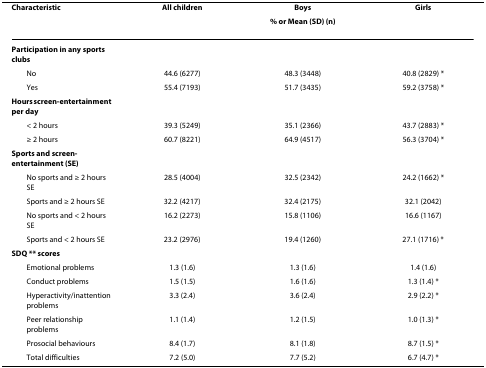
<table><thead><tr><td><b>Characteristic</b></td><td><b>All children</b></td><td><b>Boys</b></td><td><b>Girls</b></td></tr><tr><td></td><td colspan="3"><b>% or Mean (SD) (n)</b></td></tr></thead><tbody><tr><td><b>Participation in any sports clubs</b></td><td></td><td></td><td></td></tr><tr><td> No</td><td>44.6 (6277)</td><td>48.3 (3448)</td><td>40.8 (2829) *</td></tr><tr><td> Yes</td><td>55.4 (7193)</td><td>51.7 (3435)</td><td>59.2 (3758) *</td></tr><tr><td><b>Hours screen-entertainment per day</b></td><td></td><td></td><td></td></tr><tr><td> &lt; 2 hours</td><td>39.3 (5249)</td><td>35.1 (2366)</td><td>43.7 (2883) *</td></tr><tr><td> ≥ 2 hours</td><td>60.7 (8221)</td><td>64.9 (4517)</td><td>56.3 (3704) *</td></tr><tr><td><b>Sports and screen-entertainment (SE)</b></td><td></td><td></td><td></td></tr><tr><td> No sports and ≥ 2 hours SE</td><td>28.5 (4004)</td><td>32.5 (2342)</td><td>24.2 (1662) *</td></tr><tr><td> Sports and ≥ 2 hours SE</td><td>32.2 (4217)</td><td>32.4 (2175)</td><td>32.1 (2042)</td></tr><tr><td> No sports and &lt; 2 hours SE</td><td>16.2 (2273)</td><td>15.8 (1106)</td><td>16.6 (1167)</td></tr><tr><td> Sports and &lt; 2 hours SE</td><td>23.2 (2976)</td><td>19.4 (1260)</td><td>27.1 (1716) *</td></tr><tr><td><b>SDQ ** scores</b></td><td></td><td></td><td></td></tr><tr><td> Emotional problems</td><td>1.3 (1.6)</td><td>1.3 (1.6)</td><td>1.4 (1.6)</td></tr><tr><td> Conduct problems</td><td>1.5 (1.5)</td><td>1.6 (1.6)</td><td>1.3 (1.4) *</td></tr><tr><td> Hyperactivity/inattention problems</td><td>3.3 (2.4)</td><td>3.6 (2.4)</td><td>2.9 (2.2) *</td></tr><tr><td> Peer relationship problems</td><td>1.1 (1.4)</td><td>1.2 (1.5)</td><td>1.0 (1.3) *</td></tr><tr><td> Prosocial behaviours</td><td>8.4 (1.7)</td><td>8.1 (1.8)</td><td>8.7 (1.5) *</td></tr><tr><td> Total difficulties</td><td>7.2 (5.0)</td><td>7.7 (5.2)</td><td>6.7 (4.7) *</td></tr></tbody></table>